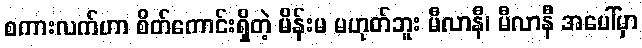
စကားလက်ဟာ စိတ်ကောင်းရှိတဲ့ မိန်းမ မဟုတ်ဘူး မီလာနီ၊ မီလာနီ အပေါ်မှာ